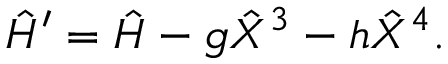
\hat { H } ^ { \prime } = \hat { H } - g \hat { X } ^ { 3 } - h \hat { X } ^ { 4 } .